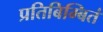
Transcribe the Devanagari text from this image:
प्रतिबिम्बितं